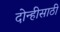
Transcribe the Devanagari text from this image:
दोन्हीसाठी